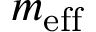
m _ { \mathrm { e f f } }